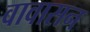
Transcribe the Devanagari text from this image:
वावासन